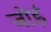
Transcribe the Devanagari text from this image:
जोड़ं